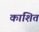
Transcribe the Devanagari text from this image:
काशित